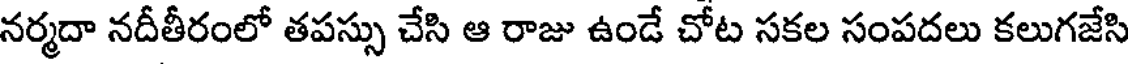
నర్మదా నదీతీరంలో తపస్సు చేసి ఆ రాజు ఉండే చోట సకల సంపదలు కలుగజేసి